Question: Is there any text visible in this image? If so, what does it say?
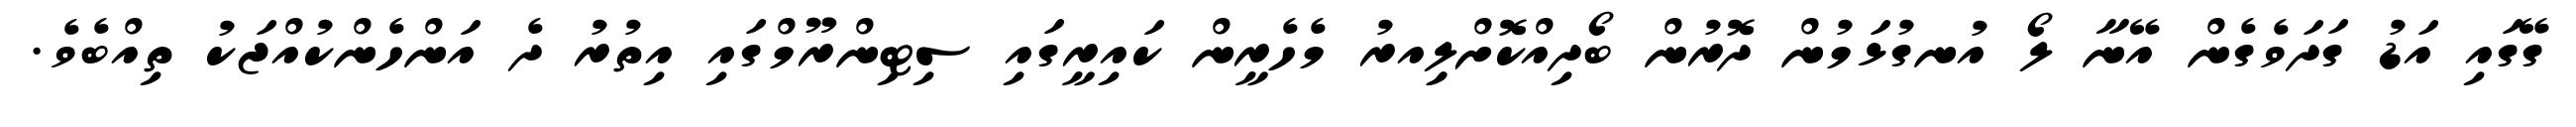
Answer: ގޭގައި އަޑު ގަދަވެގެން އޭނާ ލޯ އުނގުޅަމުން ދޮރުން ބޯދިއްކޮށްލިިއރު މެހެރީން ކައިރީގައި ސިޓިންރޫމްގައި އިތުރު ދެ އަންހެންކުއްޖަކު ތިއްބެވެ.